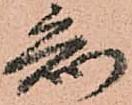
知